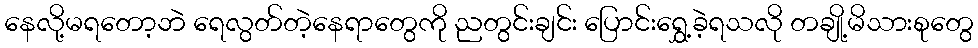
နေလို့မရတော့ဘဲ ရေလွတ်တဲ့နေရာတွေကို ညတွင်းချင်း ပြောင်းရွှေ့ခဲ့ရသလို တချို့မိသားစုတွေ